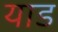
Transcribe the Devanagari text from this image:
याड